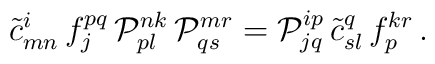
\tilde{c}{}^i_{mn}\,f_j^{pq}\,{\cal P}^{nk}_{pl}\,{\cal P}^{mr}_{qs}={\cal P}^{ip}_{jq}\,\tilde{c}{}^q_{sl}\,f_p^{kr}\,.